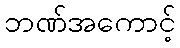
ဘဏ်အကောင့်